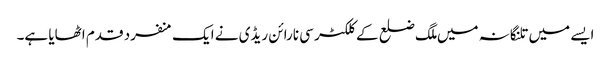
ایسے میں تلنگانہ میں ملگ ضلع کے کلکٹر سی نارائن ریڈی نے ایک منفرد قدم اٹھایا ہے۔